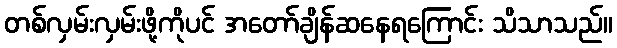
တစ်လှမ်းလှမ်းဖို့ကိုပင် အတော်ချိန်ဆနေရကြောင်း သိသာသည်။